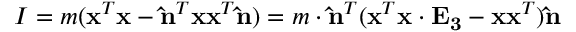
I = m ( \mathbf { x } ^ { T } \mathbf { x } - \mathbf { \hat { n } } ^ { T } \mathbf { x } \mathbf { x } ^ { T } \mathbf { \hat { n } } ) = m \cdot \mathbf { \hat { n } } ^ { T } ( \mathbf { x } ^ { T } \mathbf { x } \cdot \mathbf { E _ { 3 } } - \mathbf { x } \mathbf { x } ^ { T } ) \mathbf { \hat { n } }